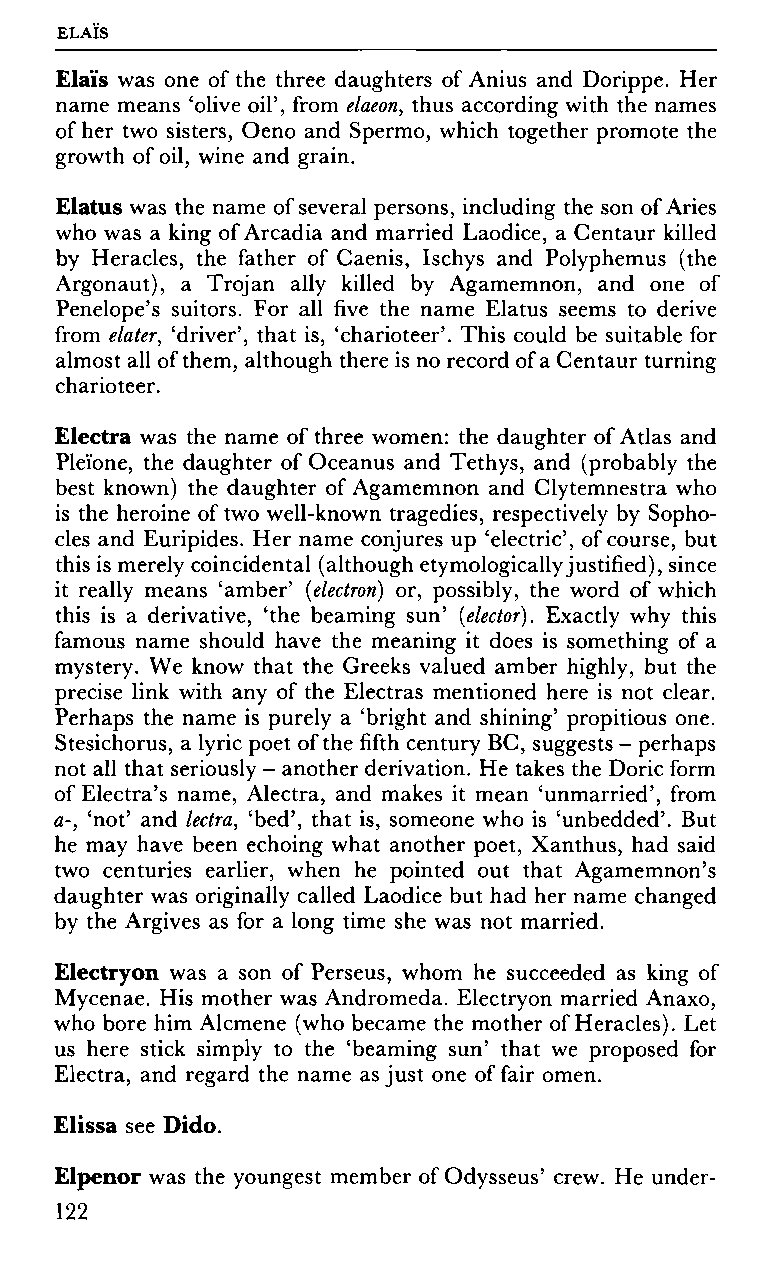
ELAIS
 Elaïs was one of the three daughters of Anius and Dorippe. Her
 name means Olive oil', from elaeon, thus according with the names
 of her two sisters, Oeno and Spermo, which together promote the
 growth of oil, wine and grain.
 Elatus was the name of several persons, including the son of Aries
 who was a king of Arcadia and married Laodice, a Centaur killed
 by Heracles, the father of Caenis, Ischys and Polyphemus (the
 Argonaut), a Trojan ally killed by Agamemnon, and one of
 Penelope's suitors. For all five the name Elatus seems to derive
 from elater, 'driver', that is, 'charioteer'. This could be suitable for
 almost all of them, although there is no record of a Centaur turning
 charioteer.
 Electra was the name of three women: the daughter of Atlas and
 Plei'one, the daughter of Oceanus and Tethys, and (probably the
 best known) the daughter of Agamemnon and Clytemnestra who
 is the heroine of two well-known tragedies, respectively by Sopho
 cles and Euripides. Her name conjures up 'electric', of course, but
 this is merely coincidental (although etymologically justified), since
 it really means 'amber' (electron) or, possibly, the word of which
 this is a derivative, 'the beaming sun' (elector). Exactly why this
 famous name should have the meaning it does is something of a
 mystery. We know that the Greeks valued amber highly, but the
 precise link with any of the Electras mentioned here is not clear.
 Perhaps the name is purely a 'bright and shining' propitious one.
 Stesichorus, a lyric poet of the fifth century BC, suggests - perhaps
 not all that seriously - another derivation. He takes the Doric form
 of Electra's name, Alectra, and makes it mean 'unmarried', from
 a-, 'not' and lectra, 'bed', that is, someone who is 'unbedded'. But
 he may have been echoing what another poet, Xanthus, had said
 two centuries earlier, when he pointed out that Agamemnon's
 daughter was originally called Laodice but had her name changed
 by the Argives as for a long time she was not married.
 Electryon was a son of Perseus, whom he succeeded as king of
 Mycenae. His mother was Andromeda. Electryon married Anaxo,
 who bore him Alcmene (who became the mother of Heracles). Let
 us here stick simply to the 'beaming sun' that we proposed for
 Electra, and regard the name as just one of fair omen.
 Elissa see Dido.
 Elpenor was the youngest member of Odysseus' crew. He under-
 122